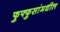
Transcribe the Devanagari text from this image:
फुफ्फुसांमधील